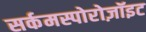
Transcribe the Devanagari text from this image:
सर्कमस्पोरोज़ॉइट